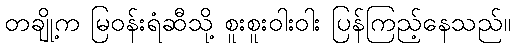
တချို့က မြဝန်းရံဆီသို့ စူးစူးဝါးဝါး ပြန်ကြည့်နေသည်။